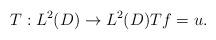
LaTeX: \begin{align*}T: L^2(D)\rightarrow L^2(D) Tf=u.\end{align*}